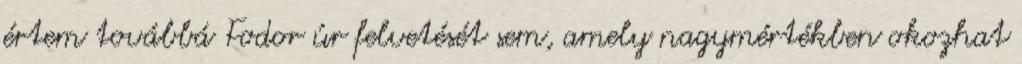
értem továbbá Fodor úr felvetését sem, amely nagymértékben okozhat